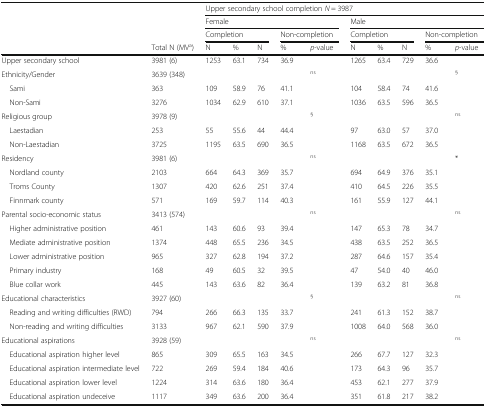
<table><thead><tr><td></td><td></td><td colspan="10"><b>Upper secondary school completion <i>N</i> = 3987</b></td></tr><tr><td></td><td></td><td colspan="5"><b>Female</b></td><td colspan="5"><b>Male</b></td></tr><tr><td></td><td></td><td colspan="3"><b>Completion</b></td><td colspan="2"><b>Non-completion</b></td><td colspan="3"><b>Completion</b></td><td colspan="2"><b>Non-completion</b></td></tr><tr><td></td><td><b>Total N (MV<sup>a</sup>)</b></td><td><b>N</b></td><td><b>%</b></td><td><b>N</b></td><td><b>%</b></td><td><b><i>p</i>-value</b></td><td><b>N</b></td><td><b>%</b></td><td><b>N</b></td><td><b>%</b></td><td><b><i>p</i>-value</b></td></tr></thead><tbody><tr><td>Upper secondary school</td><td>3981 (6)</td><td>1253</td><td>63.1</td><td>734</td><td>36.9</td><td></td><td>1265</td><td>63.4</td><td>729</td><td>36.6</td><td></td></tr><tr><td>Ethnicity/Gender</td><td>3639 (348)</td><td></td><td></td><td></td><td></td><td><sup>ns</sup></td><td></td><td></td><td></td><td></td><td><sup>§</sup></td></tr><tr><td> Sami</td><td>363</td><td>109</td><td>58.9</td><td>76</td><td>41.1</td><td></td><td>104</td><td>58.4</td><td>74</td><td>41.6</td><td></td></tr><tr><td> Non-Sami</td><td>3276</td><td>1034</td><td>62.9</td><td>610</td><td>37.1</td><td></td><td>1036</td><td>63.5</td><td>596</td><td>36.5</td><td></td></tr><tr><td>Religious group</td><td>3978 (9)</td><td></td><td></td><td></td><td></td><td><sup>§</sup></td><td></td><td></td><td></td><td></td><td><sup>ns</sup></td></tr><tr><td> Laestadian</td><td>253</td><td>55</td><td>55.6</td><td>44</td><td>44.4</td><td></td><td>97</td><td>63.0</td><td>57</td><td>37.0</td><td></td></tr><tr><td> Non-Laestadian</td><td>3725</td><td>1195</td><td>63.5</td><td>690</td><td>36.5</td><td></td><td>1168</td><td>63.5</td><td>672</td><td>36.5</td><td></td></tr><tr><td>Residency</td><td>3981 (6)</td><td></td><td></td><td></td><td></td><td><sup>ns</sup></td><td></td><td></td><td></td><td></td><td>*</td></tr><tr><td> Nordland county</td><td>2103</td><td>664</td><td>64.3</td><td>369</td><td>35.7</td><td></td><td>694</td><td>64.9</td><td>376</td><td>35.1</td><td></td></tr><tr><td> Troms County</td><td>1307</td><td>420</td><td>62.6</td><td>251</td><td>37.4</td><td></td><td>410</td><td>64.5</td><td>226</td><td>35.5</td><td></td></tr><tr><td> Finnmark county</td><td>571</td><td>169</td><td>59.7</td><td>114</td><td>40.3</td><td></td><td>161</td><td>55.9</td><td>127</td><td>44.1</td><td></td></tr><tr><td>Parental socio-economic status</td><td>3413 (574)</td><td></td><td></td><td></td><td></td><td><sup>ns</sup></td><td></td><td></td><td></td><td></td><td><sup>ns</sup></td></tr><tr><td> Higher administrative position</td><td>461</td><td>143</td><td>60.6</td><td>93</td><td>39.4</td><td></td><td>147</td><td>65.3</td><td>78</td><td>34.7</td><td></td></tr><tr><td> Mediate administrative position</td><td>1374</td><td>448</td><td>65.5</td><td>236</td><td>34.5</td><td></td><td>438</td><td>63.5</td><td>252</td><td>36.5</td><td></td></tr><tr><td> Lower administrative position</td><td>965</td><td>327</td><td>62.8</td><td>194</td><td>37.2</td><td></td><td>287</td><td>64.6</td><td>157</td><td>35.4</td><td></td></tr><tr><td> Primary industry</td><td>168</td><td>49</td><td>60.5</td><td>32</td><td>39.5</td><td></td><td>47</td><td>54.0</td><td>40</td><td>46.0</td><td></td></tr><tr><td> Blue collar work</td><td>445</td><td>143</td><td>63.6</td><td>82</td><td>36.4</td><td></td><td>139</td><td>63.2</td><td>81</td><td>36.8</td><td></td></tr><tr><td>Educational characteristics</td><td>3927 (60)</td><td></td><td></td><td></td><td></td><td><sup>§</sup></td><td></td><td></td><td></td><td></td><td><sup>ns</sup></td></tr><tr><td> Reading and writing difficulties (RWD)</td><td>794</td><td>266</td><td>66.3</td><td>135</td><td>33.7</td><td></td><td>241</td><td>61.3</td><td>152</td><td>38.7</td><td></td></tr><tr><td> Non-reading and writing difficulties</td><td>3133</td><td>967</td><td>62.1</td><td>590</td><td>37.9</td><td></td><td>1008</td><td>64.0</td><td>568</td><td>36.0</td><td></td></tr><tr><td>Educational aspirations</td><td>3928 (59)</td><td></td><td></td><td></td><td></td><td><sup>ns</sup></td><td></td><td></td><td></td><td></td><td><sup>ns</sup></td></tr><tr><td> Educational aspiration higher level</td><td>865</td><td>309</td><td>65.5</td><td>163</td><td>34.5</td><td></td><td>266</td><td>67.7</td><td>127</td><td>32.3</td><td></td></tr><tr><td> Educational aspiration intermediate level</td><td>722</td><td>269</td><td>59.4</td><td>184</td><td>40.6</td><td></td><td>173</td><td>64.3</td><td>96</td><td>35.7</td><td></td></tr><tr><td> Educational aspiration lower level</td><td>1224</td><td>314</td><td>63.6</td><td>180</td><td>36.4</td><td></td><td>453</td><td>62.1</td><td>277</td><td>37.9</td><td></td></tr><tr><td> Educational aspiration undeceive</td><td>1117</td><td>349</td><td>63.6</td><td>200</td><td>36.4</td><td></td><td>351</td><td>61.8</td><td>217</td><td>38.2</td><td></td></tr></tbody></table>